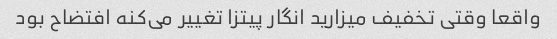
واقعا وقتی تخفیف میزارید انگار پیتزا تغییر می‌کنه افتضاح بود